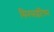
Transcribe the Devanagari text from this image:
सिनसाईटियम